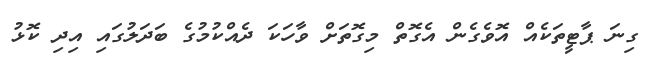
ގިނަ ޕާޓީތަކެއް އޮވެގެން އެގޮތް މިގޮތަށް ވާހަކަ ދެއްކުމުގެ ބަދަލުގައި އިދި ކޮޅު